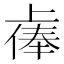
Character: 𫠷